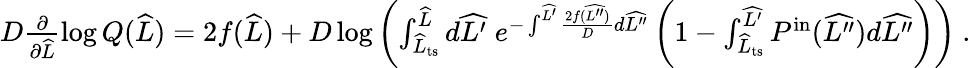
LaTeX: \begin{array}{r}{D\frac{\partial}{\partial\widehat{L}}\log Q(\widehat{L})=2f(\widehat{L})+D\log\left(\int_{\widehat{L}_{\mathrm{ts}}}^{\widehat{L}}d\widehat{L^{\prime}}\; e^{-\int^{\widehat{L^{\prime}}}\frac{2f(\widehat{L^{\prime\prime}})}{D}d\widehat{L^{\prime\prime}}}\left(1-\int_{\widehat{L}_{\mathrm{ts}}}^{\widehat{L^{\prime}}}P^{\mathrm{in}}(\widehat{L^{\prime\prime}})d\widehat{L^{\prime\prime}}\right)\right)\ .}\end{array}